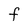
Character: F